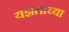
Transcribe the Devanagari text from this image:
यझताच्या